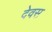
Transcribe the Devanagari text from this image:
देवस